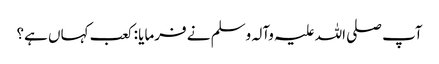
آپ صلی اللہ علیہ وآلہ وسلم نے فرمایا : کعب کہاں ہے؟